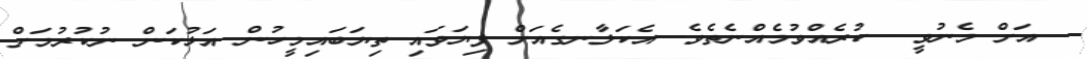
އަށް މެނުވީ  ކުރެއްވުމެއްނެތެވެ. އެކަލާނގެއަށް ފިޔަވައި ތިޔަބައިމީހުން އަޅުކަން ނުކުރުމަށް